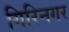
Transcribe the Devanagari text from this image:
गिरिनगर